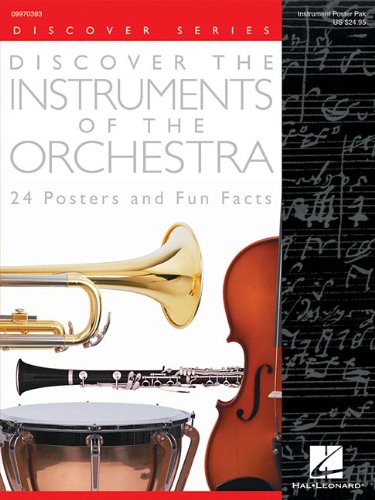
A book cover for Discover the Instruments of the Orchestra (24 Posters): Poster Pack; Arts & Photography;